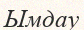
Ымдау